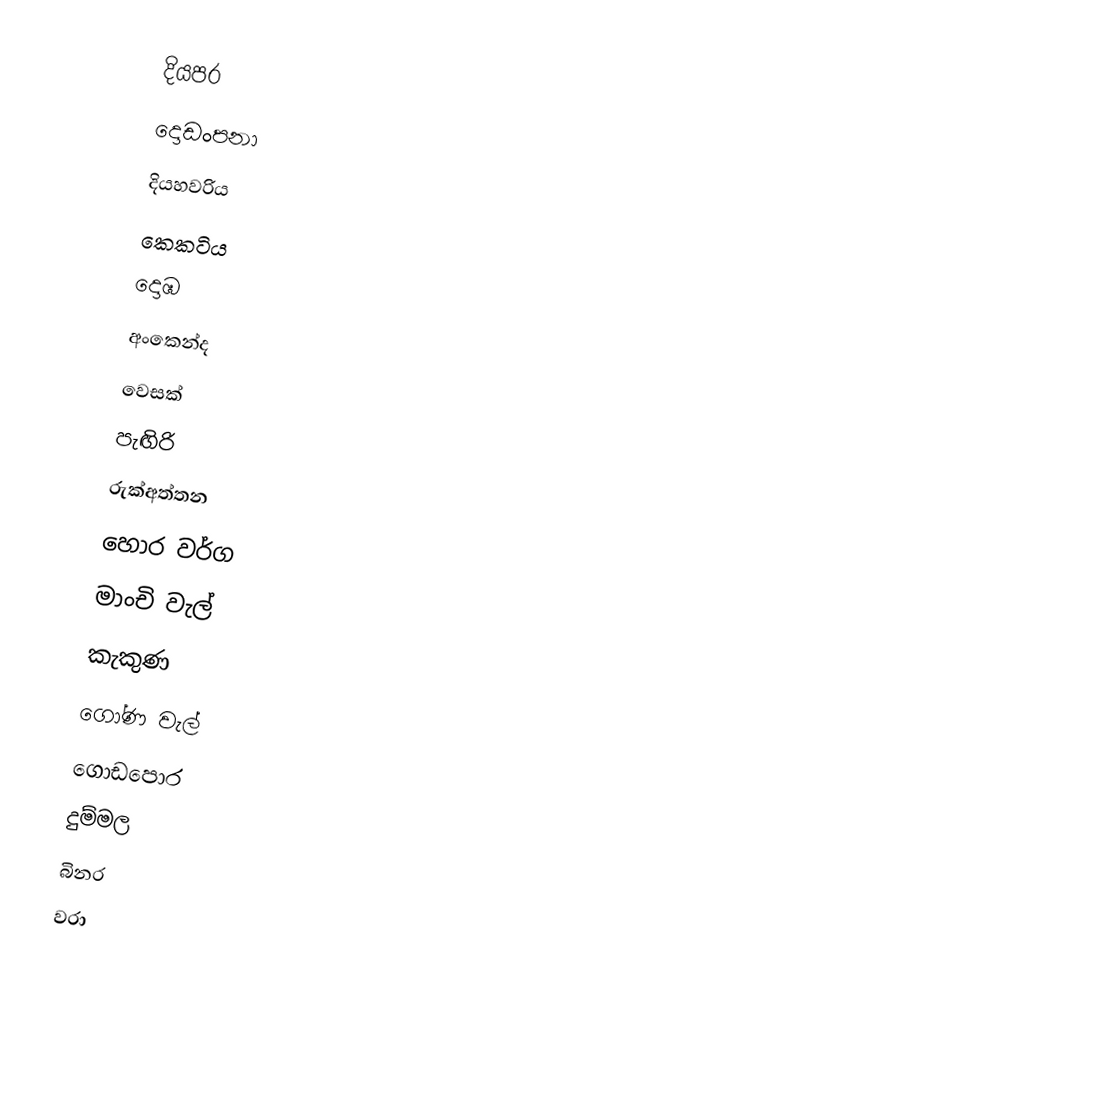
දියපර
 දොඩංපනා
 දියහවරිය
 කෙකටිය
 දොඹ
 අංකෙන්ද
 වෙසක්
 පැඟිරි
 රුක්අත්තන
 හොර වර්ග
 මාංචි වැල්
 කැකුණ
 ගෝණ වැල්
 ගොඩපොර
 දුම්මල
 බිනර
 වරා